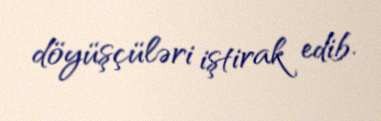
döyüşçüləri iştirak edib.